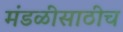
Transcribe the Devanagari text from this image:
मंडळींसाठीच